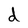
Character: d